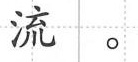
流。